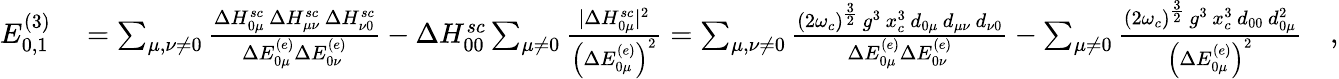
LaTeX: \begin{array}{rl}{E_{0,1}^{(3)}}&{{}=\sum_{\mu,\nu\neq 0}\frac{\Delta H_{0\mu}^{sc}\, \Delta H_{\mu\nu}^{sc}\, \Delta H_{\nu 0}^{sc}}{\Delta E_{0\mu}^{(e)}\Delta E_{0\nu}^{(e)}}-\Delta H_{00}^{sc}\sum_{\mu\neq 0}\frac{\vert\Delta H_{0\mu}^{sc}\vert^{2}}{\left(\Delta E_{0\mu}^{(e)}\right)^{2}}=\sum_{\mu,\nu\neq 0}\frac{(2\omega_{c})^{\frac{3}{2}}\, g^{3}\, x_{c}^{3}\, d_{0\mu}\, d_{\mu\nu}\, d_{\nu 0}}{\Delta E_{0\mu}^{(e)}\Delta E_{0\nu}^{(e)}}-\sum_{\mu\neq 0}\frac{(2\omega_{c})^{\frac{3}{2}}\, g^{3}\, x_{c}^{3}\, d_{00}\, d_{0\mu}^{2}}{\left(\Delta E_{0\mu}^{(e)}\right)^{2}}\quad,}\end{array}